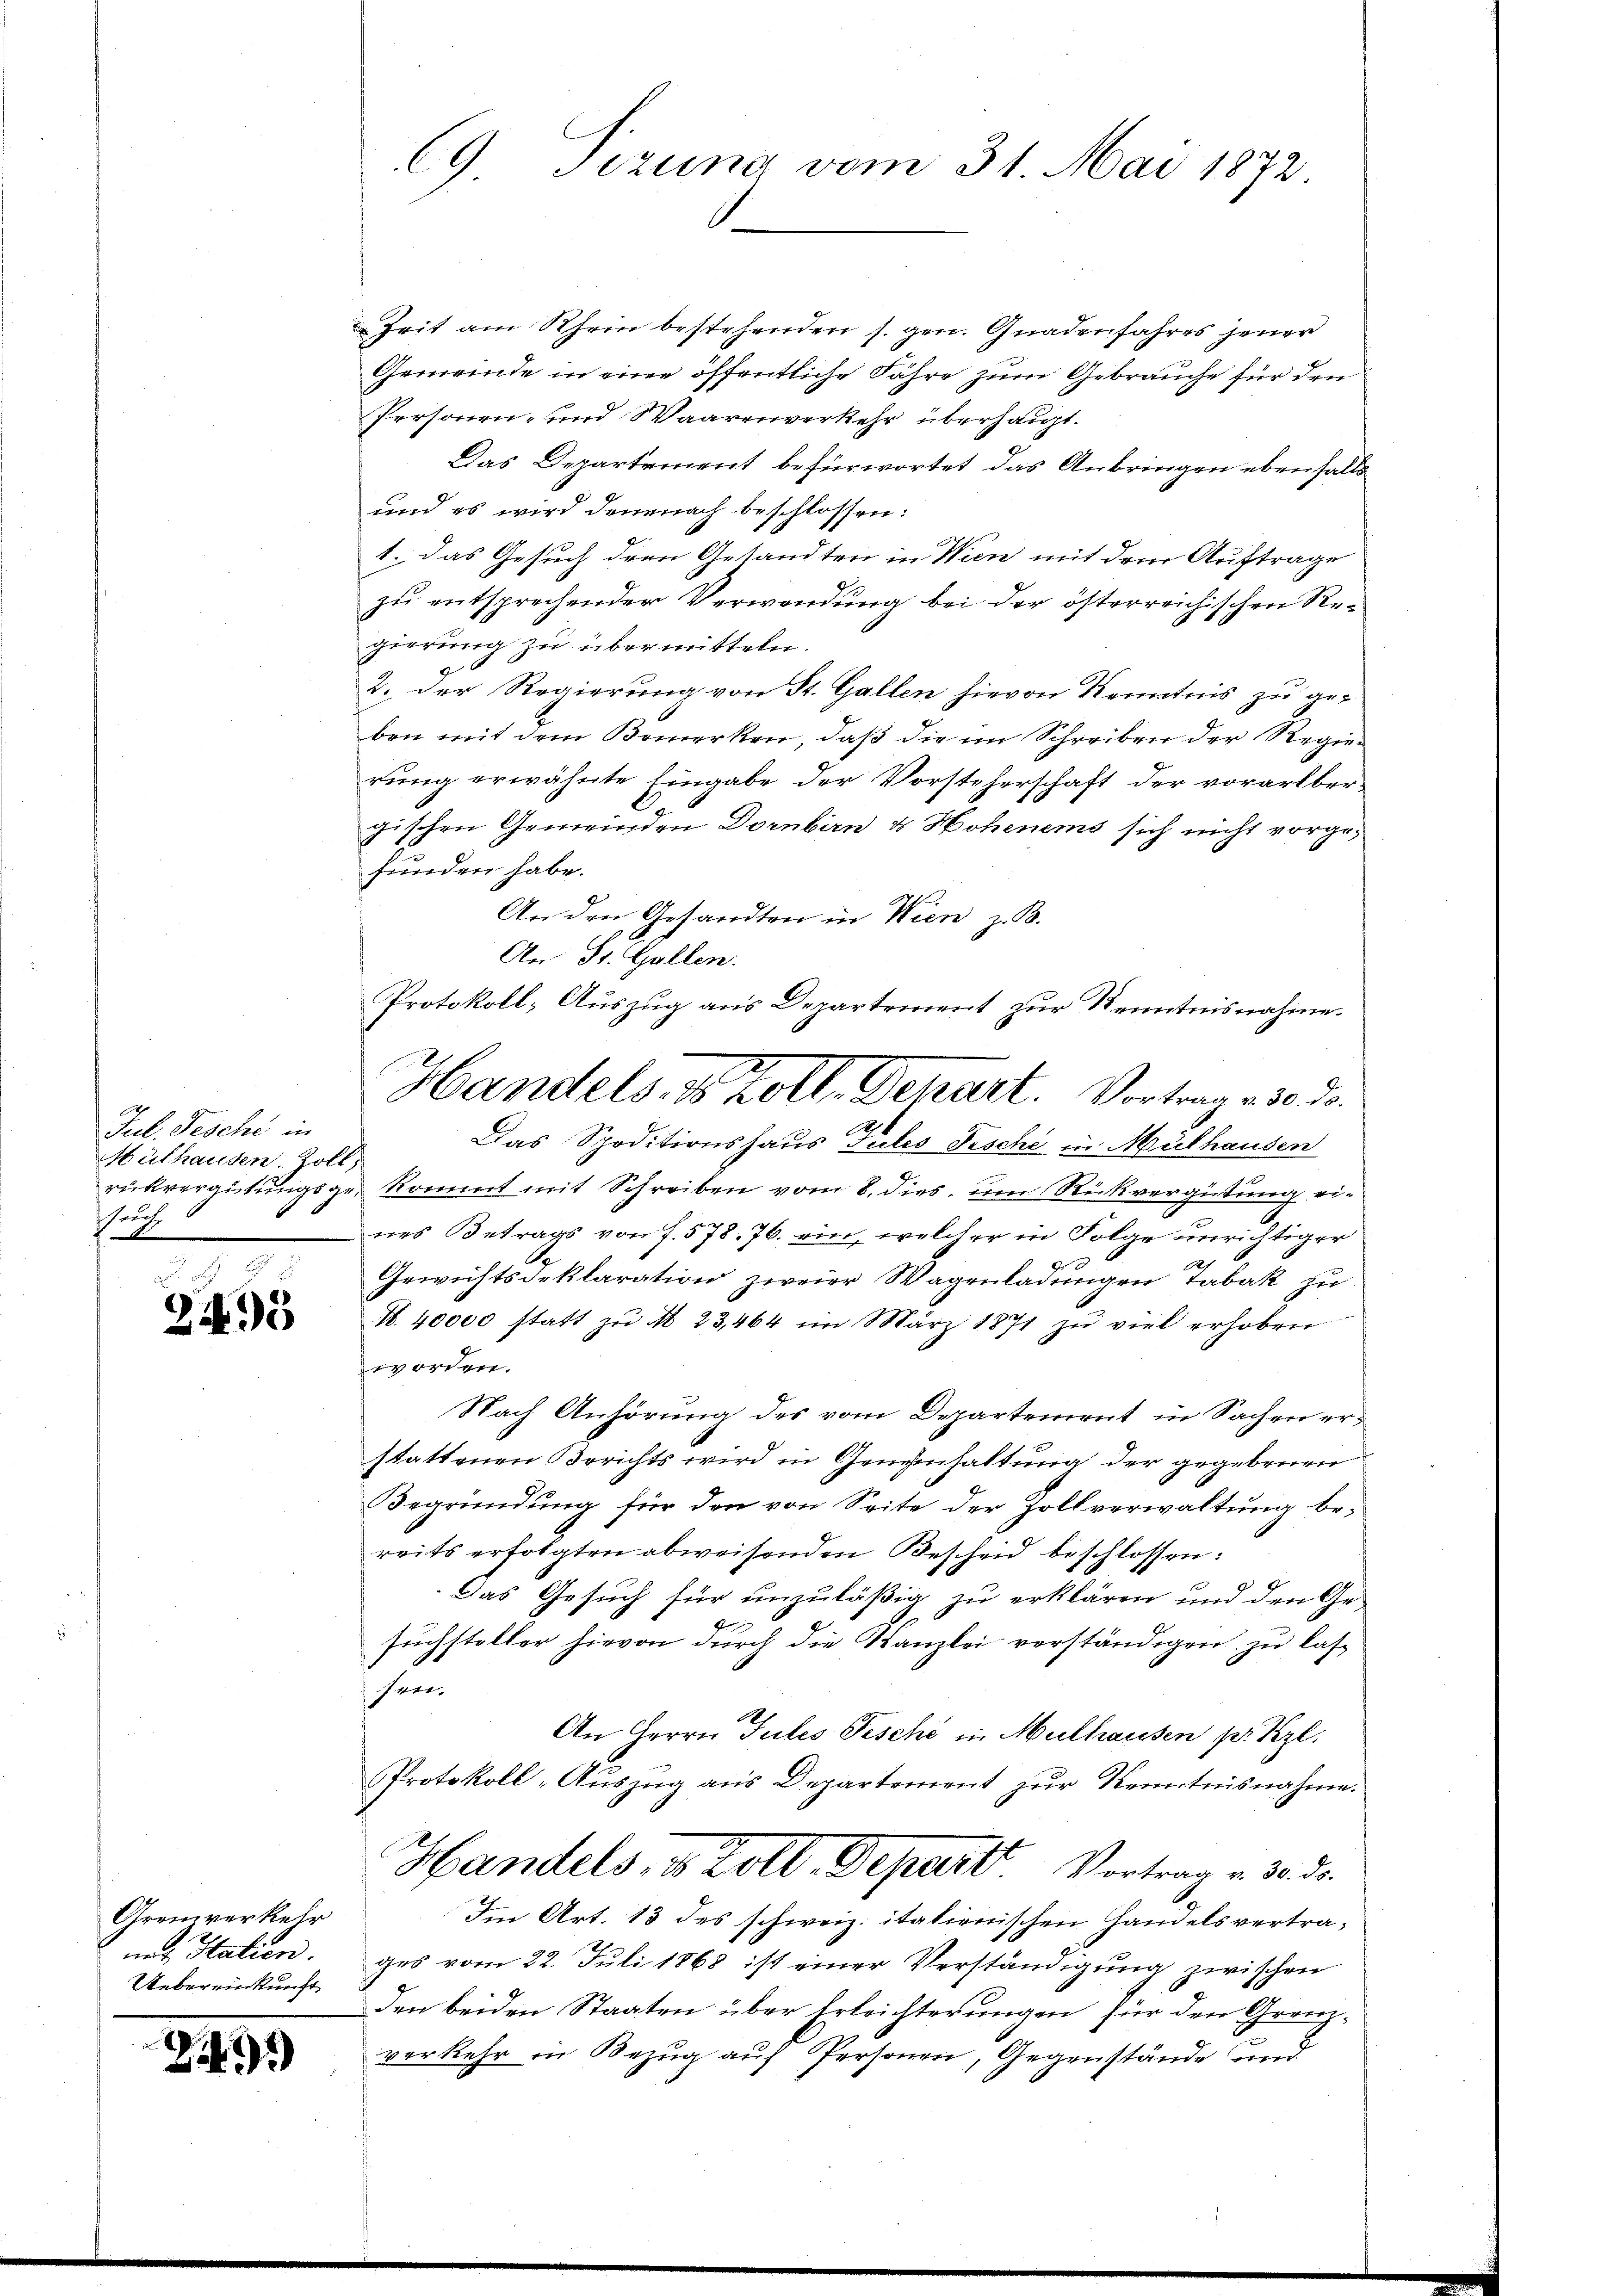
2
Jul. Tesche in
Mülhausen. Zoll,
Pauch

243

Grenzverkehr
ne Italien.
Uebereinkunft

Z 499

CG. Sizung vom 31. Mai 1872

Zeit am Rhein bestehenden s. gen. Gnadenfahres jener
Gemeinde in eine öffentliche Jahre zum Gebrauche für den
Personen- und Waarenverkehr überhaupt¬
Das Departement befürwortet das Anbringen ebenfalls
und es wird demnach beschlossen:
1. Das Gesuch dem Gesandten in Wien mit dem Auftrage
zu entsprechender Verwendung bei der österreichischen Regierung zu übermitteln.
2. Der Regierung von St. Gallen hievon Kenntnis zu geben mit dem Bemerken, daß die im Schreiben der Regier
rung erwähnte Eingabe der Vorsteherschaft der vorarlbergischen Gemeinden Dornbirn & Hohenems sich nicht vorgefunden habe.
An den Gesandten in Wien z. B.
An St. Gallen.
Protokoll, Auszug aus Departement zur Kenntnisnahme.

d
Das Speditionshaus Julis Fische in Mülhausen
Gr
rükvergütungsge kommt mit Schreiben vom 8. dies, um Rückvergütung eines Betrags von S. 578. 76. ein, welcher in Folge unrichtiger
S
Gewichtsdeklaration zweier Wagenladungen Tabak zu
A. 40000 statt zŭ A 23,464 im März 1871 zu viel erhoben
worden.
Nach Anhörung des vom Departement in Sachen erstattenen Berichts wird in Genehmhaltung der gegebenen
Begründung für den von Seite der Zollverwaltung be-
reits erfolgten abweisenden Bescheid beschlossen:
Das Gesuch für unzuläßig zu erklären und den Ge-
suchsteller hievon durch die Kanzlei verständigen zu lashren
An Herrn Julis Pische in Mülhausen pr. Kzl.
Protokoll-Auszug aus Departement zur Kenntnisnahme.
Handels, v. Zoll. Depart Vortrag v. 3. ds.
Im Art. 13 des schweiz. italienischen Handelsvertrages vom 22. Juli 1868 ist einer Verständigung zwischen
den beiden Staaten über Erleichterungen für den Grenzverkehr in Bezug auf Personen, Gegenstände und

Handels, v. Zoll, Dehart. Vortrag , 30. d.